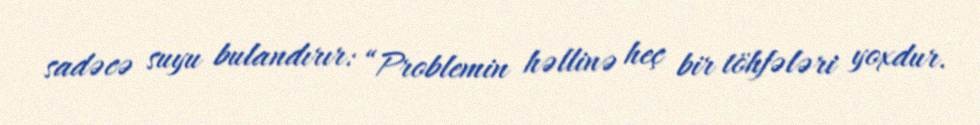
sadəcə suyu bulandırır: “Problemin həllinə heç bir töhfələri yoxdur.